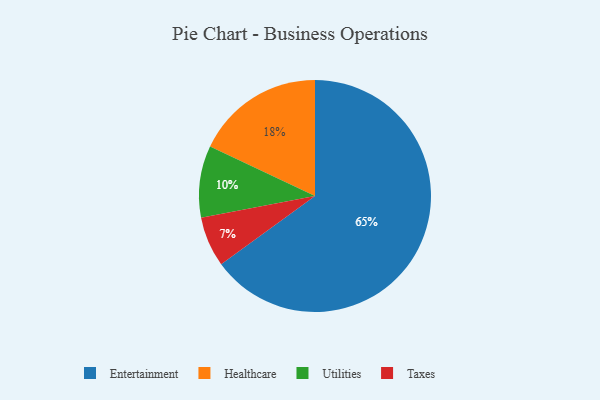
{"axis": {"x": "Category", "y": "Percentage"}, "legend": ["Entertainment", "Healthcare", "Taxes", "Utilities"], "data": [{"x": "Healthcare", "y": 18, "type": "Healthcare"}, {"x": "Utilities", "y": 10, "type": "Utilities"}, {"x": "Taxes", "y": 7, "type": "Taxes"}, {"x": "Entertainment", "y": 65, "type": "Entertainment"}]}